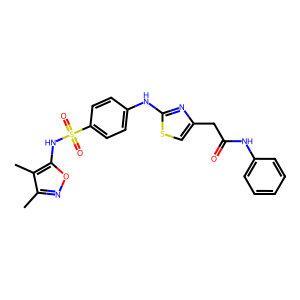
SMILES: Cc1noc(NS(=O)(=O)c2ccc(Nc3nc(CC(=O)Nc4ccccc4)cs3)cc2)c1C
Inhibits HIV replication: No